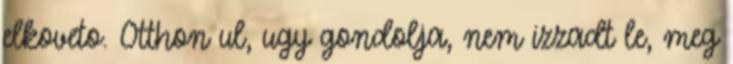
elkoveto. Otthon ul, ugy gondolja, nem izzadt le, meg